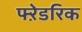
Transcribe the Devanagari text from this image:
फ्ऱेडरिक